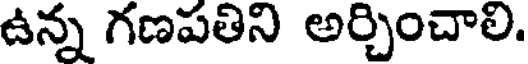
ఉన్న గణపతిని అర్చించాలి.